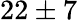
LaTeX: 22\pm 7